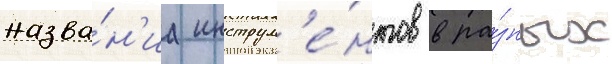
назва́н'иа инструм'е́нтов в ра́зных